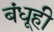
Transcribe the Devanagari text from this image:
बंधूही